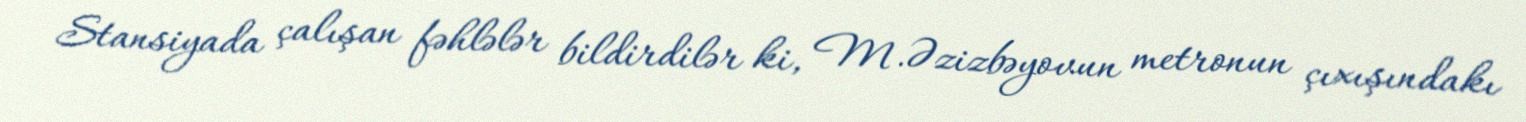
Stansiyada çalışan fəhlələr bildirdilər ki, M.Əzizbəyovun metronun çıxışındakı